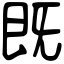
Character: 既